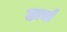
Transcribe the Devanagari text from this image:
हाचं